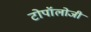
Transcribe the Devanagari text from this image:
टोपॉलोजी